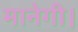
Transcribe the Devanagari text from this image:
मानेगी।